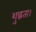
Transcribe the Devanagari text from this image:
शुद्धता।